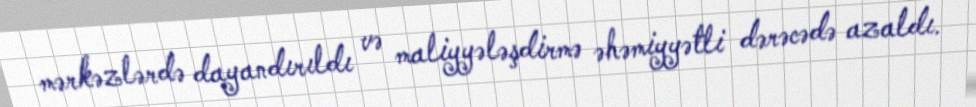
mərkəzlərdə dayandırıldı və maliyyələşdirmə əhəmiyyətli dərəcədə azaldı.